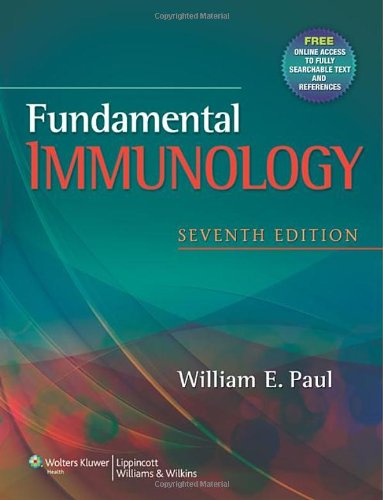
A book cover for Fundamental Immunology; William E. Paul; Medical Books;